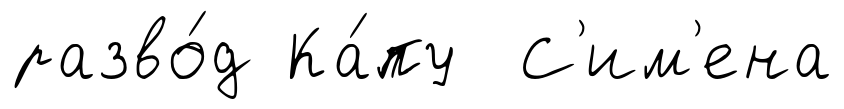
разво́д Ка́пу С'им'ена